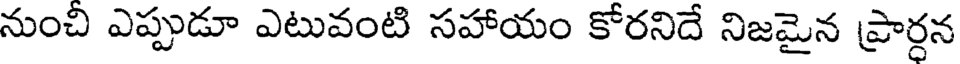
నుంచి ఎప్పుడూ ఎటువంటి సహాయం కోరనిదే నిజమైన ప్రార్దన